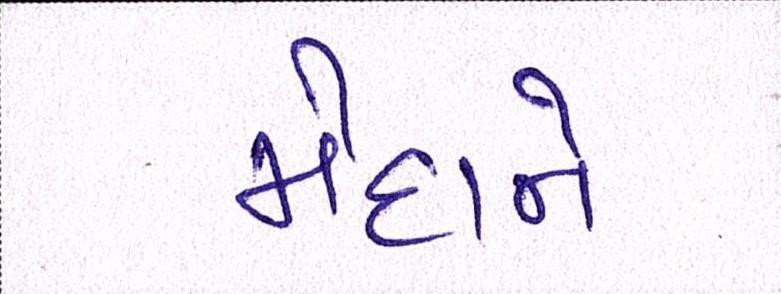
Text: મેદાને